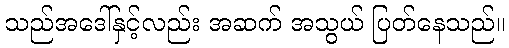
သည်အဒေါ်နှင့်လည်း အဆက် အသွယ် ပြတ်နေသည်။